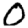
Digit: 0